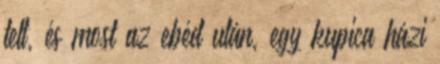
telt, és most az ebéd után, egy kupica házi